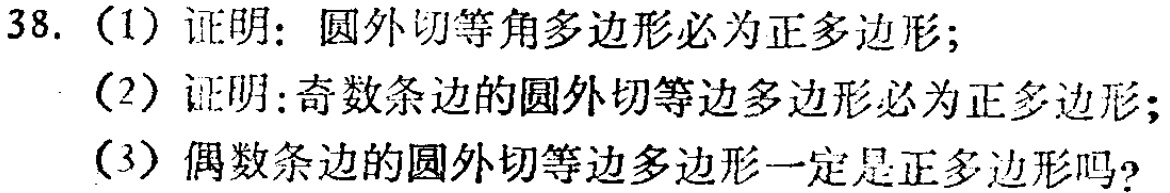
38. (1) 证明：圆外切等角多边形必为正多边形；
(2) 证明：奇数条边的圆外切等边多边形必为正多边形；
(3) 偶数条边的圆外切等边多边形一定是正多边形吗？